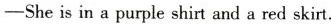
-Sheis in a purple shirt and a red skirt.